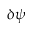
\delta \psi